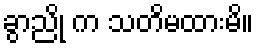
ခွာညို က သတိမထားမိ။